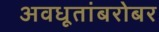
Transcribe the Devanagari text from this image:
अवधूतांबरोबर